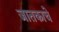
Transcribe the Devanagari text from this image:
जातकाचे